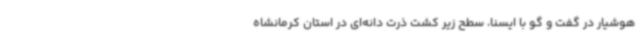
هوشیار در گفت و گو با ایسنا، سطح زیر کشت ذرت دانه‌ای در استان کرمانشاه